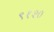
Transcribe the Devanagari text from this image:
९१२०